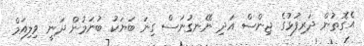
އެގޮތުން ދަރިފުޅުގެ ޖިންސް އަދި ނޭނގުނަސް ގިނަ ބަޔަކު ބުނަމުން ދަނީ ވިލިއަމް